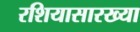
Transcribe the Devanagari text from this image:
रशियासारख्या